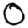
Digit: 0